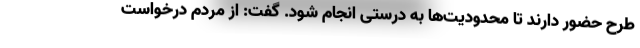
طرح حضور دارند تا محدودیت‌ها به درستی انجام شود. گفت: از مردم درخواست